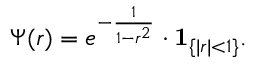
\Psi ( r ) = e ^ { - { \frac { 1 } { 1 - r ^ { 2 } } } } \cdot \mathbf { 1 } _ { \{ | r | < 1 \} } .